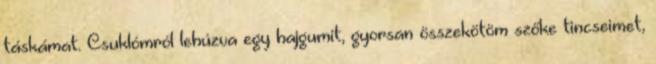
táskámat. Csuklómról lehúzva egy hajgumit, gyorsan összekötöm szőke tincseimet,